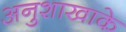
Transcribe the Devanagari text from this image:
अनुशाखाके